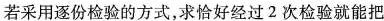
若采用逐份检验的方式，求恰好经过2次检验就能把